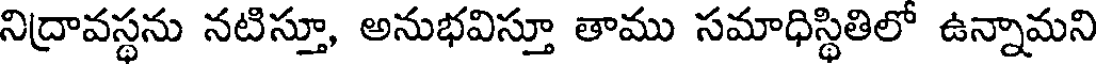
నిద్రావస్థను నటిస్తూ, అనుభవిస్తూ తాము సమాధిస్థితిలో ఉన్నామని